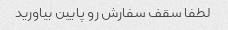
لطفا سقف سفارش رو پایین بیاورید